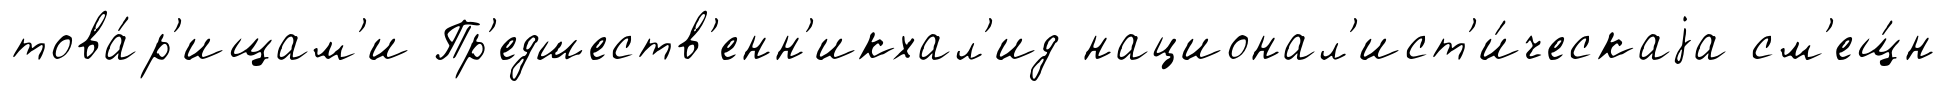
това́р'ищам'и Пр'едшеств'енн'икхал'ид национал'ист'и́ческаjа см'ещ́н